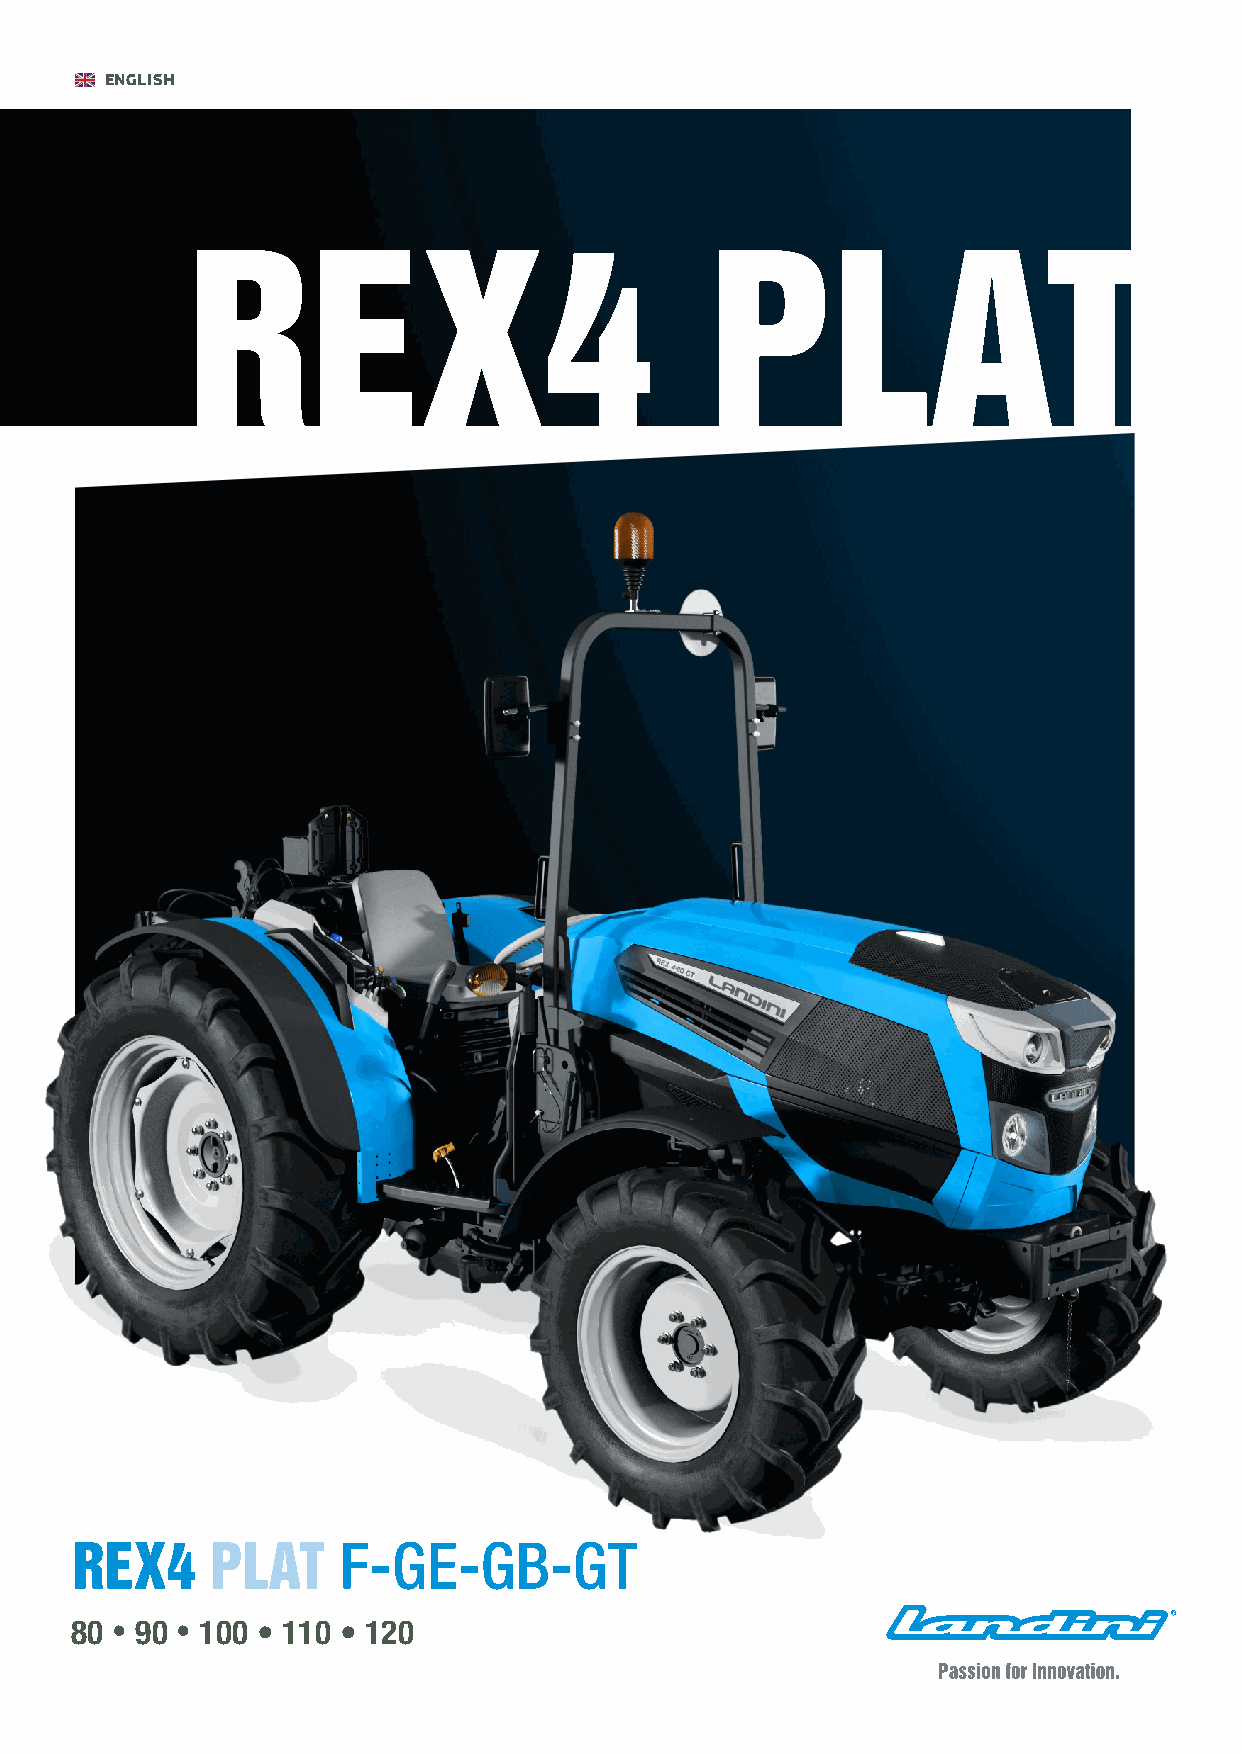
ENGLISH
 REX4                               PLAT
 F-GE-GB-GT
 REX4     PLAT
 80 • 90 • 100 • 110 • 120